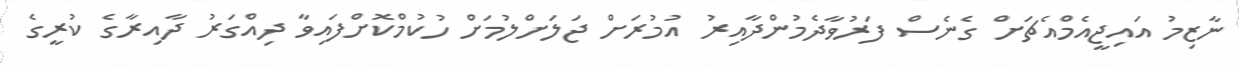
ނާޒިމު އައިޖީއެމްއެޗަށް ގެނެސް ފަރުވާދެމުންދާއިރު އުމުރަށް ޖަލަށްލުމަށް ހުކުމްކޮށްފައިވާ ދިއްގަރު ދާއިރާގެ ކުރީގެ